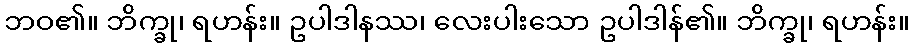
ဘဝ၏။ ဘိက္ခု၊ ရဟန်း။ ဥပါဒါနဿ၊ လေးပါးသော ဥပါဒါန်၏။ ဘိက္ခု၊ ရဟန်း။